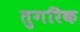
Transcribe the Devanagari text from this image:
तुगरिक